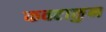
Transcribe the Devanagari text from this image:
कवटाळुन